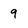
Character: 9